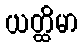
ယတ္ထိမာ